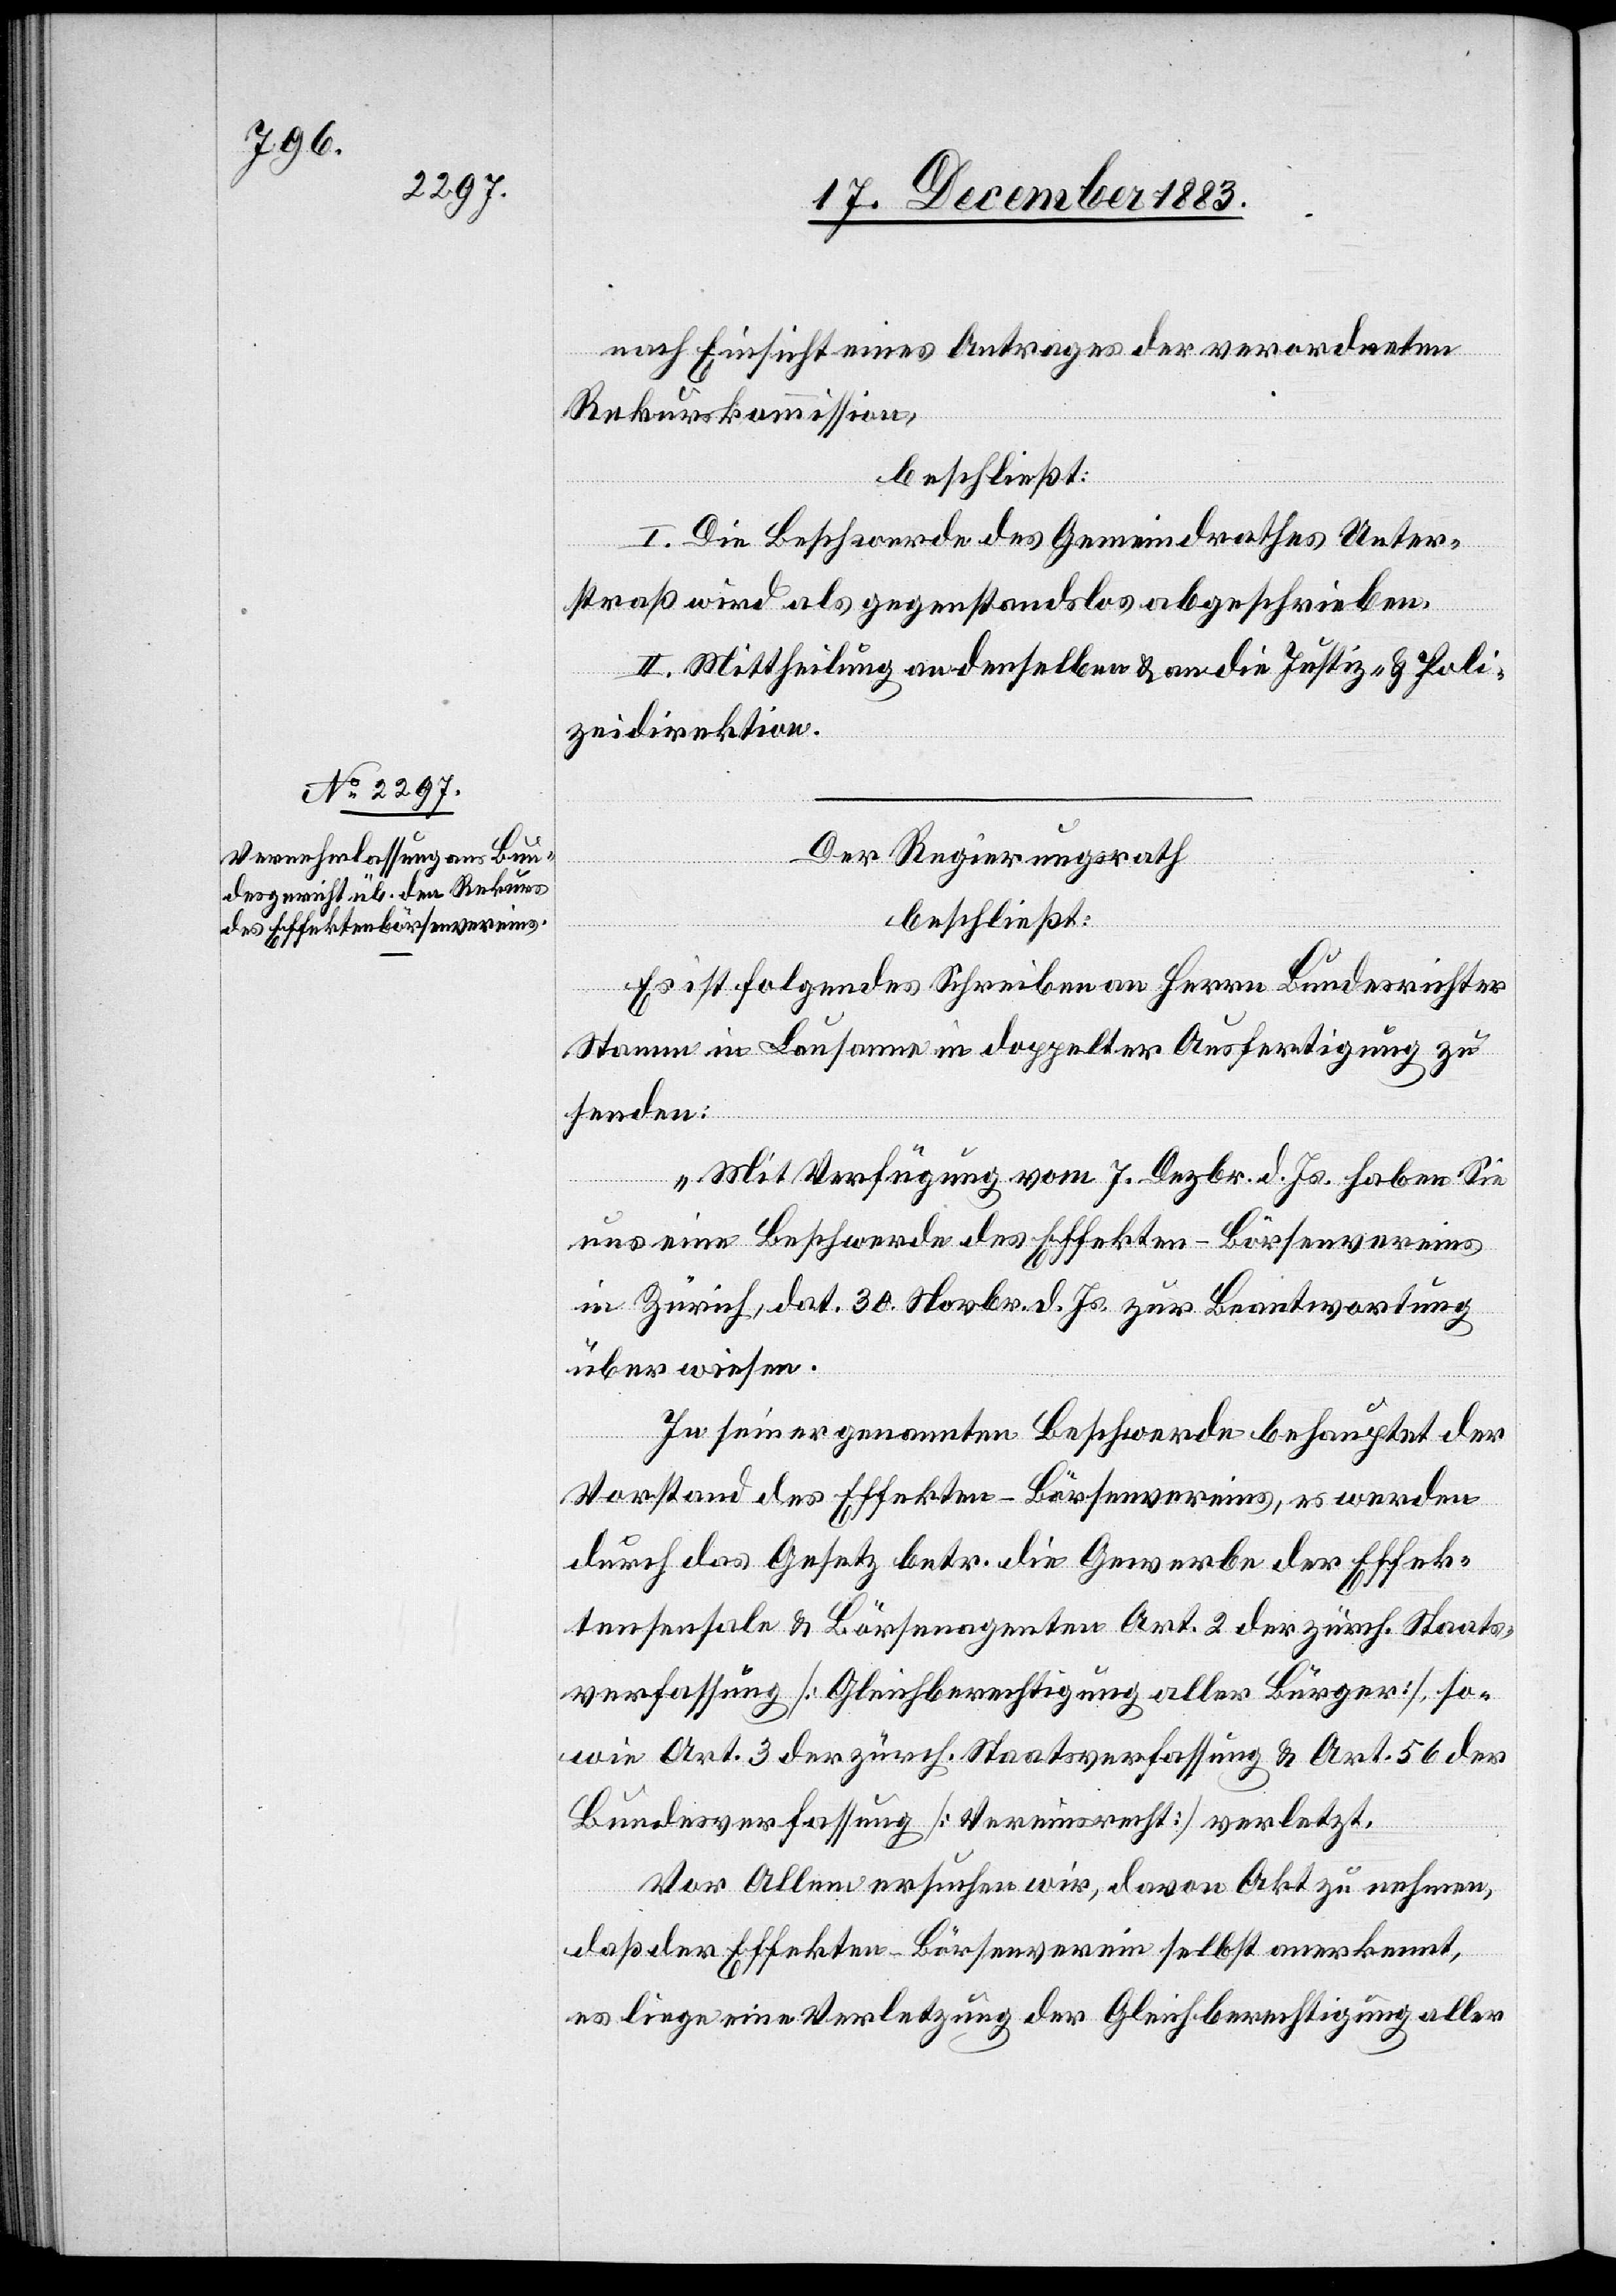
nach Einsicht eines Antrages der verordneten
Rekurskommission,
beschließt:
I. Die Beschwerde des Gemeindrathes Unter¬
straß wird als gegenstandslos abgeschrieben.
II. Mittheilung an denselben & an die Justiz- & Poli¬
zeidirektion.
Der Regierungsrath
beschließt:
Es ist folgendes Schreiben an Herrn Bundesrichter
Stamm in Lausanne in doppelter Ausfertigung zu
senden:
„Mit Verfügung vom 7. Dezbr. d. Js. haben Sie
uns eine Beschwerde des Effekten-Börsenvereins
in Zürich, dat. 30. Novbr. d. Js. zur Beantwortung
überwiesen.
In seiner genannten Beschwerde behauptet der
Vorstand des Effekten-Börsenvereins, es werden
durch das Gesetz betr. die Gewerbe der Effek¬
tensensale & Börsenagenten Art. 2 der zürch. Staats¬
verfassung [Gleichberechtigung aller Bürger], so¬
wie Art. 3 der zürch- Staatsverfassung & Art. 56 der
Bundesverfassung [Vereinsrecht] verletzt.
Vor Allem ersuchen wir, davon Akt zu nehmen,
daß der Effekten-Börsenverein selbst anerkennt,
es liege eine Verletzung der Gleichberechtigung aller